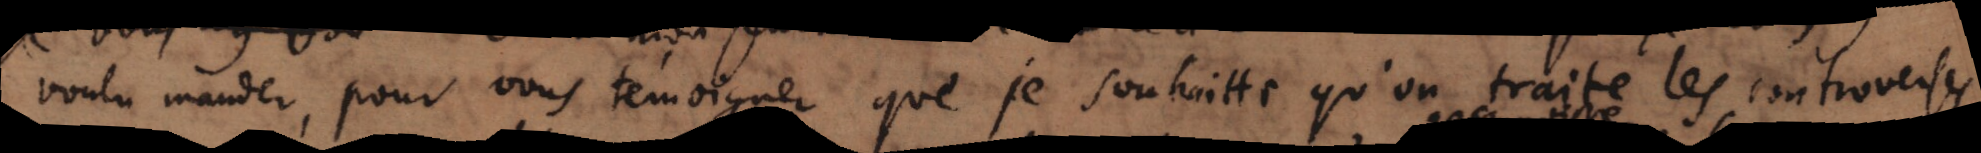
voulu mander, pour vous témoigner que je souhaitte qu’on traite les controverses